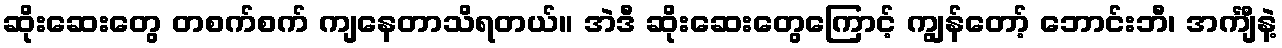
ဆိုးဆေးတွေ တစက်စက် ကျနေတာသိရတယ်။ အဲဒီ ဆိုးဆေးတွေကြောင့် ကျွန်တော့် ဘောင်းဘီ၊ အင်္ကျီနဲ့